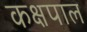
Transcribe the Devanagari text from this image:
कक्षपाल